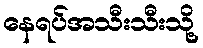
နေရပ်အသီးသီးသို့